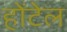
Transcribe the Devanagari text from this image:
होंटेल